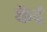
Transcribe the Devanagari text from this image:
केंद्रं